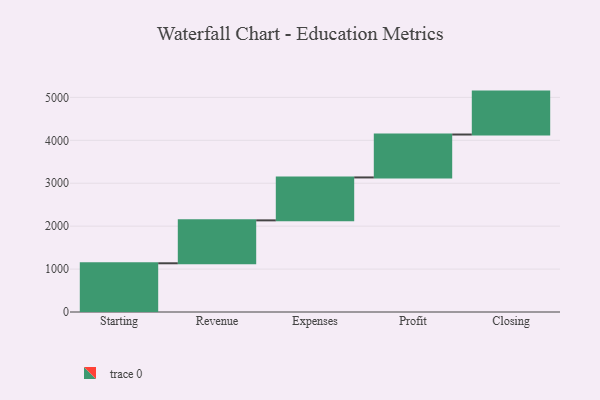
{"axis": {"x": "Step", "y": "Value"}, "legend": [""], "data": [{"x": "Starting", "y": 1135.0, "type": ""}, {"x": "Revenue", "y": 1000, "type": ""}, {"x": "Expenses", "y": 1000, "type": ""}, {"x": "Profit", "y": 1000, "type": ""}, {"x": "Closing", "y": 1000, "type": ""}]}